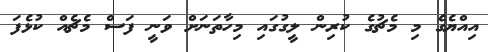
އިއްޔެގެ މި މެޗުގެ ކުރިން ލީގުގައި މިހާތަނަށް ވަނީ ފަސް މެޗެއް ކުޅެފަ